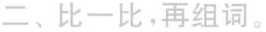
二、比一比，再组词。